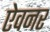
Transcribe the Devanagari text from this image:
ऐवनर